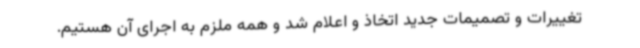
تغییرات و تصمیمات جدید اتخاذ و اعلام شد و همه ملزم به اجرای آن هستیم.